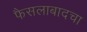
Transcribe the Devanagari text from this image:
फैसलाबादचा